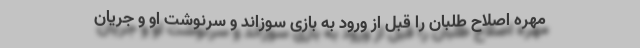
مهره اصلاح طلبان را قبل از ورود به بازی سوزاند و سرنوشت او و جریان